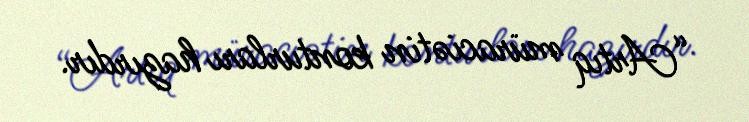
“Artıq müraciətin konturları hazırdır.